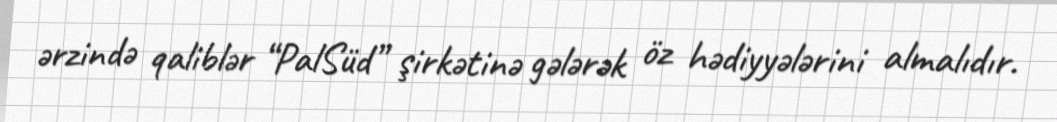
ərzində qaliblər “PalSüd” şirkətinə gələrək öz hədiyyələrini almalıdır.